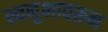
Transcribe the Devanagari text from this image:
स्वनुभावरून